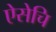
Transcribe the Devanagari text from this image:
ऐसेचि